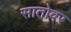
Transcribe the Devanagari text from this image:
सातोवर